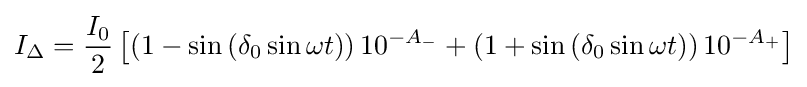
I_{\Delta }={\frac {I_{0}}{2}}\left[\left(1-\sin \left(\delta _{0}\sin \omega t\right)\right)10^{-A_{-}}+\left(1+\sin \left(\delta _{0}\sin \omega t\right)\right)10^{-A_{+}}\right]